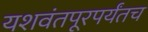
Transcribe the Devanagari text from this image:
यशवंतपूरपर्यंतच